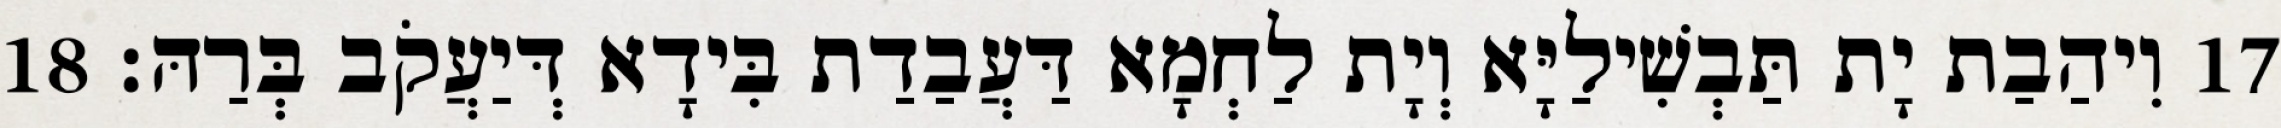
17 וִיהַבַת יָת תַּבְשִׁילַיָּא וְיָת לַחְמָא דַּעֲבַדַת בִּידָא דְּיַעֲקֹב בְּרַהּ׃ 18